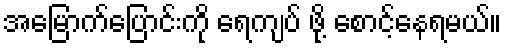
အမြောက်ပြောင်းကို ရေကျပ် ဖို့ စောင့်နေရမယ်။